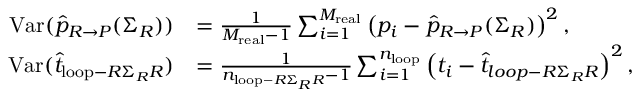
\begin{array} { r l } { \mathrm { V a r } ( \widehat { p } _ { R \rightarrow P } ( \Sigma _ { R } ) ) } & { = \frac { 1 } { M _ { \mathrm { r e a l } } - 1 } \sum _ { i = 1 } ^ { M _ { \mathrm { r e a l } } } \left( p _ { i } - \widehat { p } _ { R \rightarrow P } ( \Sigma _ { R } ) \right) ^ { 2 } , } \\ { \mathrm { V a r } ( \widehat { t } _ { \mathrm { l o o p } - R \Sigma _ { R } R } ) } & { = \frac { 1 } { n _ { \mathrm { l o o p } - R \Sigma _ { R } R } - 1 } \sum _ { i = 1 } ^ { n _ { \mathrm { l o o p } } } \left( t _ { i } - \widehat { t } _ { l o o p - R \Sigma _ { R } R } \right) ^ { 2 } , } \end{array}